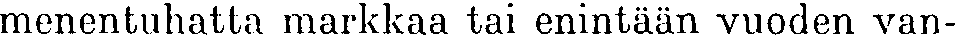
menentuhatta markkaa tai enintään vuoden van-